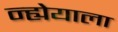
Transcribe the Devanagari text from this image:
न्ह्येयाला